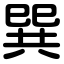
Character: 巽